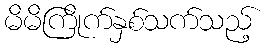
မိမိကြိုက်နှစ်သက်သည့်